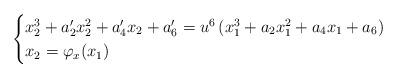
LaTeX: \begin{align*} \begin{cases} x_2^3+a'_2x_2^2+a'_4x_2+a'_6 = u^6\left( x_1^3+a_2 x_1^2+a_4x_1+a_6\right)\\ x_2 =\varphi_x(x_1) \end{cases}\end{align*}